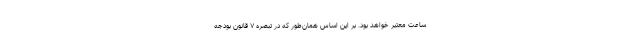
ساعت معتبر خواهد بود. بر این اساس همان‌طور که در تبصره ۷ قانون بودجه